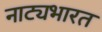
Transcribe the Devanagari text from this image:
नाट्यभारत